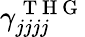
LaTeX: \gamma_{jjjj}^{\mathrm{~T~H~G~}}